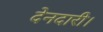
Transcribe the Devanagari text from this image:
देनदारी।